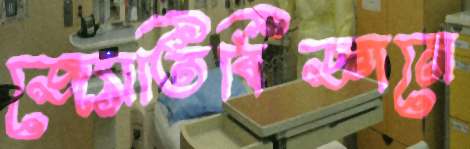
জ্যোতির্বিজ্ঞানে